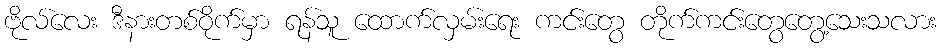
ဗိုလ်လေး ဒီနားတစ်ဝိုက်မှာ ရန်သူ ထောက်လှမ်းရေး ကင်းတွေ တိုက်ကင်းတွေတွေ့သေးသလား